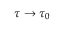
\tau \rightarrow \tau _ { 0 }